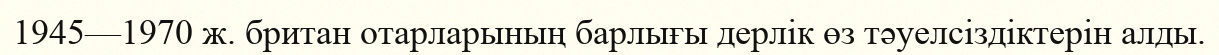
1945—1970 ж. британ отарларының барлығы дерлік өз тәуелсіздіктерін алды.